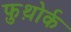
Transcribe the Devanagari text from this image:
फ़ुथ़ोर्क